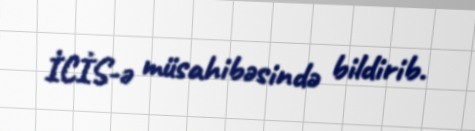
İCİS-ə müsahibəsində bildirib.